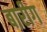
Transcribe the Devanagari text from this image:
बारीग